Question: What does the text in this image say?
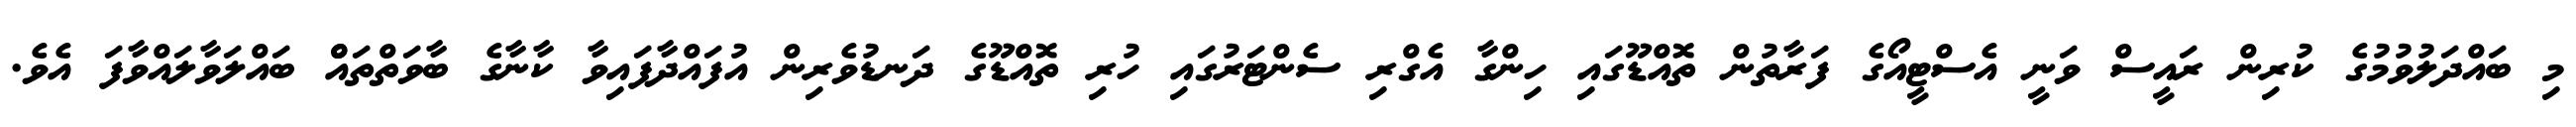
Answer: މި ބައްދަލުވުމުގެ ކުރިން ރައީސް ވަނީ އެސްޓީއޯގެ ފަރާތުން ތޮއްޑޫގައި ހިންގާ އެގްރި ސެންޓަރުގައި ހުރި ތޮއްޑޫގެ ދަނޑުވެރިން އުފައްދާފައިވާ ކާނާގެ ބާވަތްތައްް ބައްލަވާލައްވާފަ އެވެ.